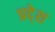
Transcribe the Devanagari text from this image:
प्रदे्श